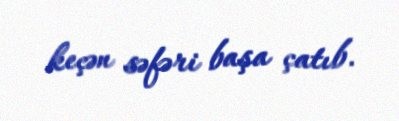
keçən səfəri başa çatıb.